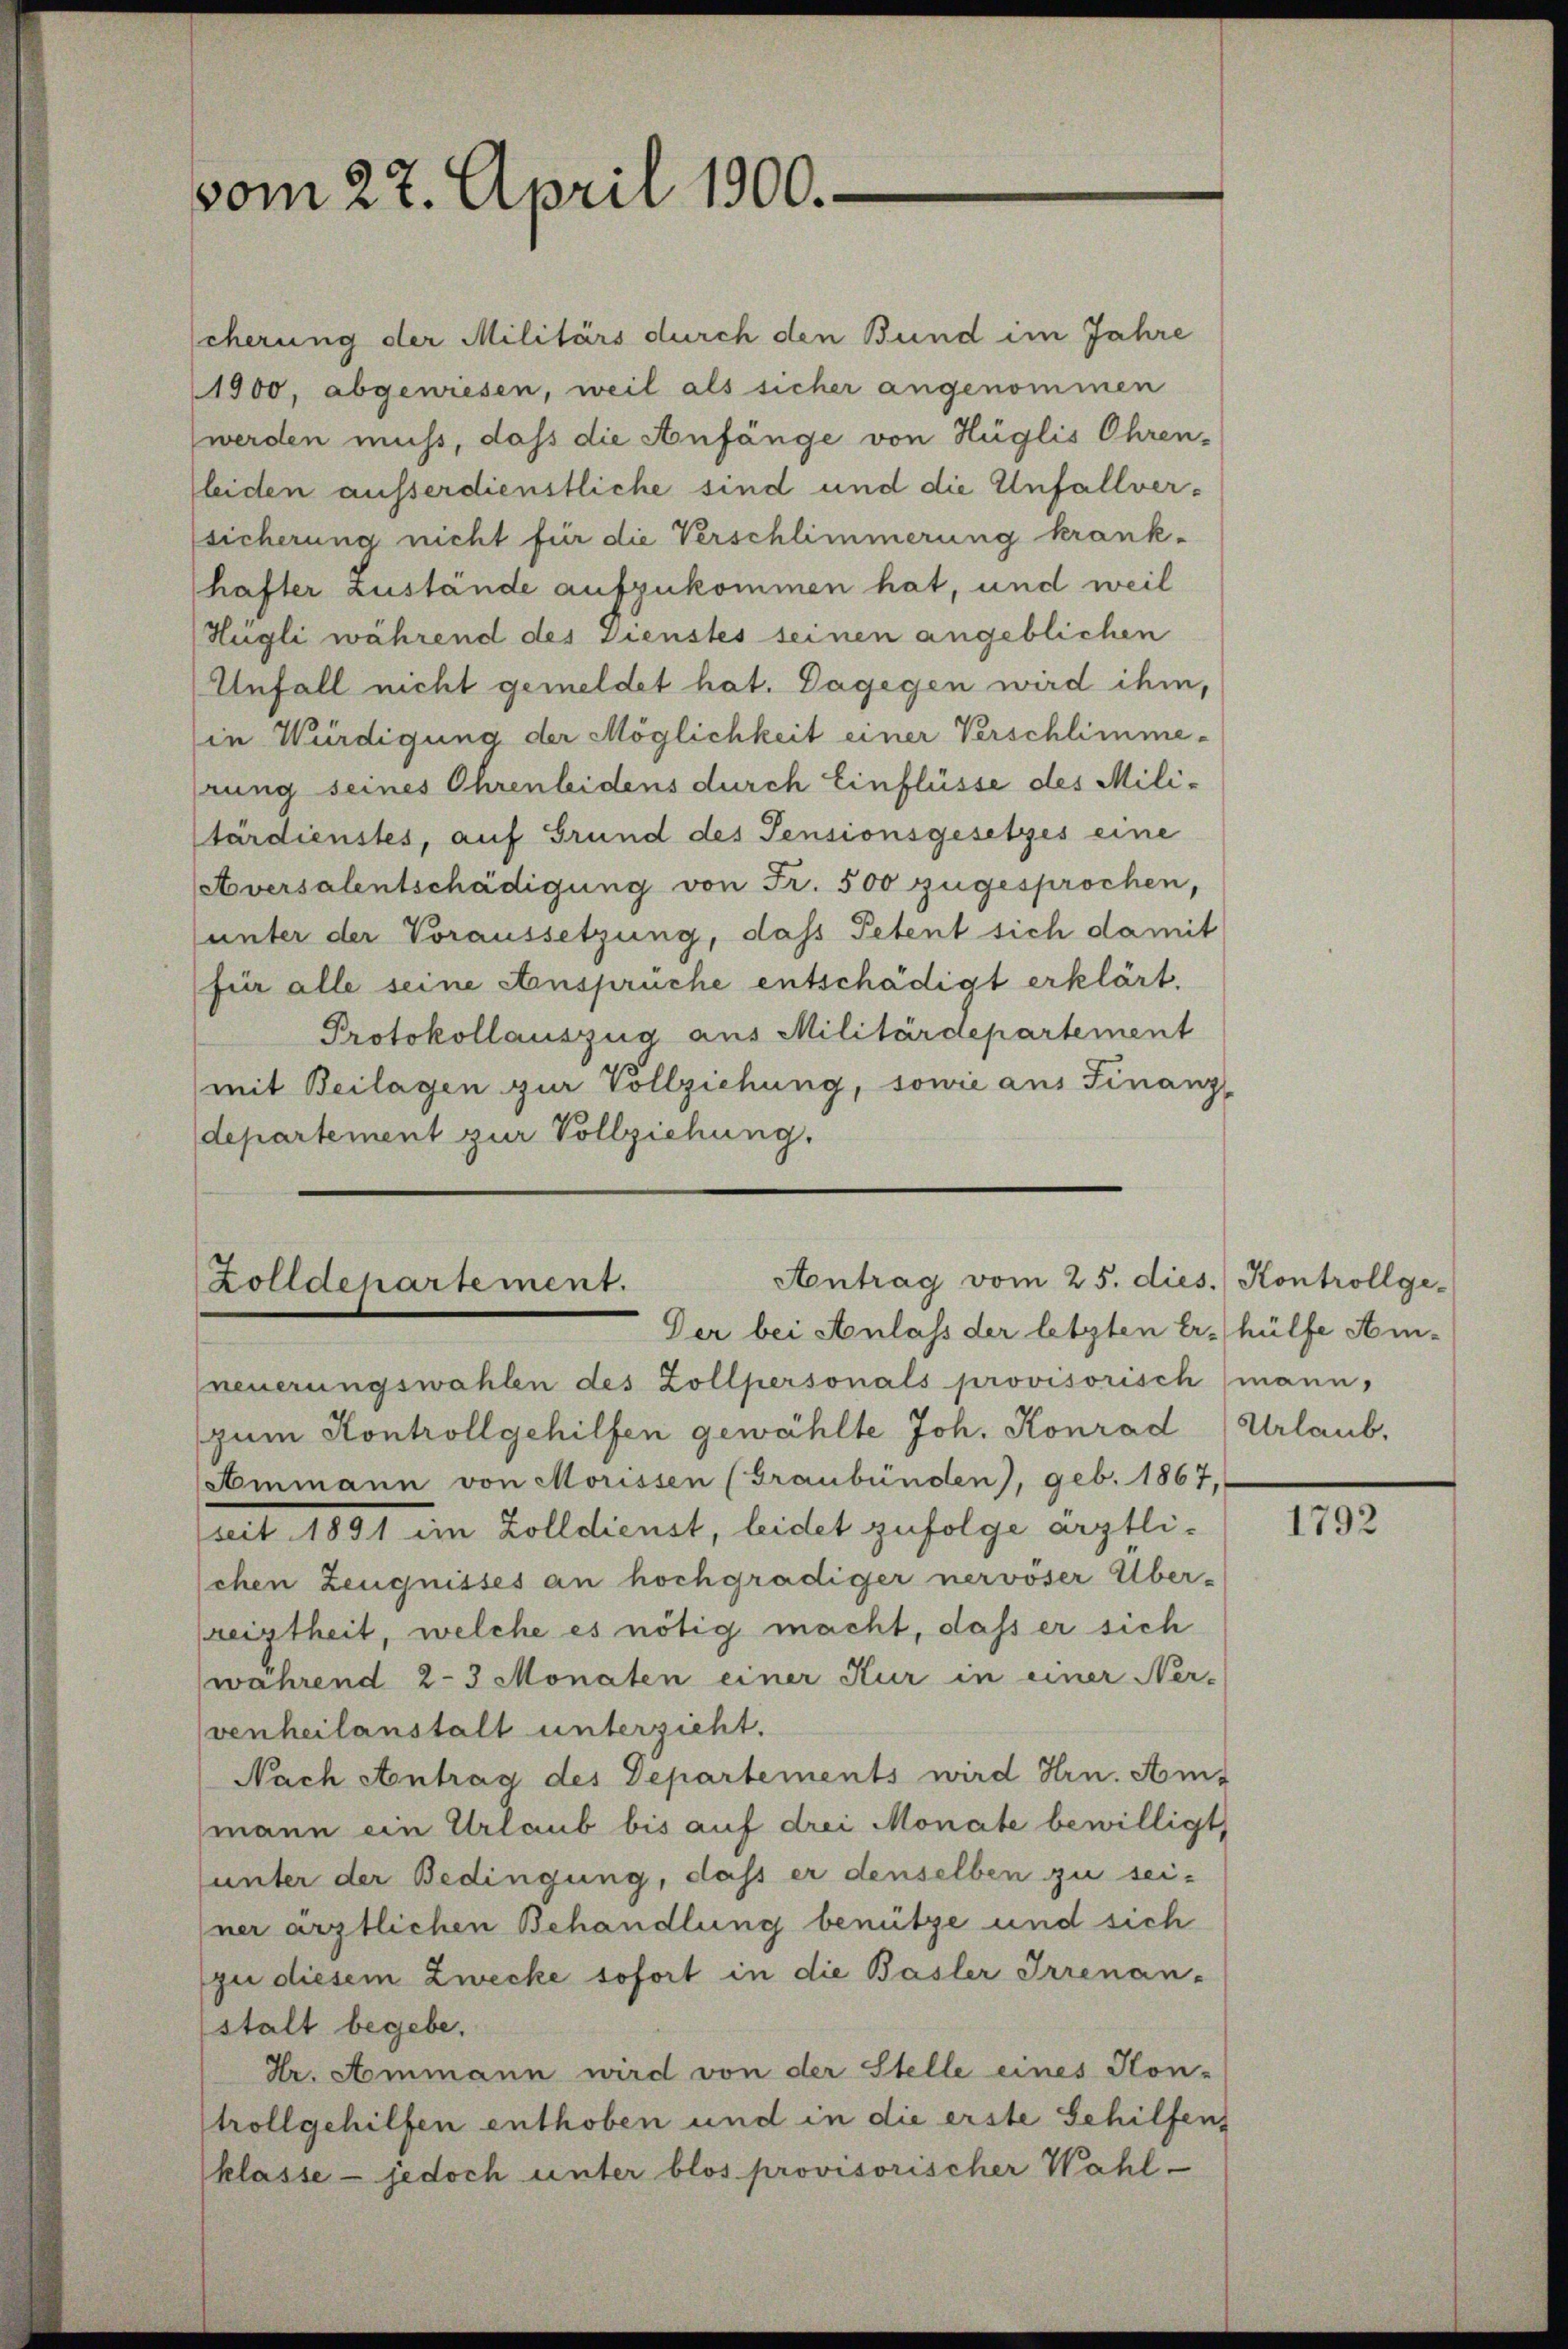
vom 27. April 1900.

cherung der Militärs durch den Bund im Jahre
1900, abgewiesen, weil als sicher angenommen
werden muss, dass die Anfänge von Hüglis Ohren-
leiden ausserdienstliche sind und die Unfallversicherung nicht für die Verschlimmerung krank-
hafter Zustände aufzukommen hat, und weil
Hügli während des Dienstes seinen angeblichen
Unfall nicht gemeldet hat. Dagegen wird ihm,
in Würdigung der Möglichkeit einer Verschlimmerung seines Ohrenleidens durch Einflüsse des Militärdienstes, auf Grund des Pensionsgesetzes eine
Aversalentschädigung von Fr. 500 zugesprochen,
unter der Voraussetzung, dass Petent sich damit
(für alle seine Ansprüche entschädigt erklärt.
Protokollauszug aus Militärdepartement
mit Beilagen zur Vollziehung, sowie aus Finanz-
departement zur Vollziehung.

Aontrag vom 25. dies. Kontrollge-
Zolldepartement.
Der bei Anlass der letzten Er- hülfe Am-

neuerungswahlen des Zollpersonals provisorisch (mann,
zum Kontrollgehilfen gewählte Joh. Konrad Urlaub,
Ammann von Morissen (Graubünden), geb. 1867,
seit 1891 im Zolldienst, leidet zufolge ärztlischen Zeugnisses an hochgradiger nervöser Über-
reiztheit, welche es nötig macht, dass er sich
(während 2-3 Monaten einer Kur in einer Ner-
venheilanstalt unterzieht.
Nach Antrag des Departements wird Hrn. Amt
mann ein Urlaub bis auf drei Monate bewilligt,
unter der Bedingung, daß er denselben zu sei-
ner ärztlichen Behandlung benütze und sich
zu diesem Zwecke sofort in die Basler Irrenan-
stalt begebe.
Hr. Aommann wird von der Stelle eines Kon-
trollgehilfen enthoben und in die erste Gehilfens
klasse - jedoch unter blos provisorischer Wahl-

1792